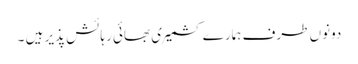
دونوں طرف ہمارے کشمیری بھائی رہائش پذیر ہیں ۔